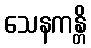
သေနကန္တိ